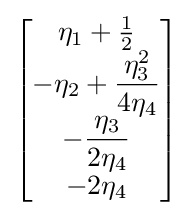
{\begin{bmatrix}\eta _{1}+{\frac {1}{2}}\\-\eta _{2}+{\dfrac {\eta _{3}^{2}}{4\eta _{4}}}\\-{\dfrac {\eta _{3}}{2\eta _{4}}}\\-2\eta _{4}\end{bmatrix}}